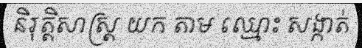
និរុត្តិសាស្ត្រ យក តាម ឈ្មោះ សង្កាត់